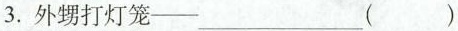
3.外甥打灯笼— ___（）